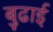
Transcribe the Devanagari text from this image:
बुढाई